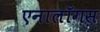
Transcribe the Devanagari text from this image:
एनालॉगस